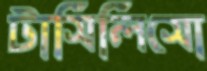
টাসিলিসো